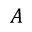
A